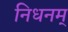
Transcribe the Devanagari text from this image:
निधनम्